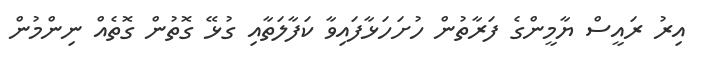
އިރު ރައީސް ޔާމީންގެ ފަރާތުން ހުށަހަޅާފައިވާ ކަފާލަތާއި ގުޅޭ ގޮތުން ގޮތެއް ނިންމުން